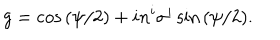
LaTeX: g = \cos { ( \psi / 2 ) } + i n ^ { i } \sigma ^ { i } \sin { ( \psi / 2 } ) .